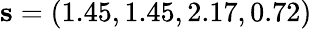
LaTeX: \mathbf{s}=(1.45,1.45,2.17,0.72)